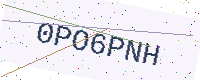
Text: 0PO6PNH